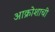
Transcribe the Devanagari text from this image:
आक्रोशाची